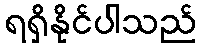
ရရှိနိုင်ပါသည်